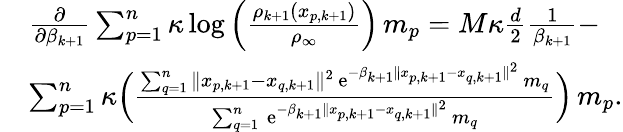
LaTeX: \begin{array}{rl}&{\frac{\partial}{\partial\beta_{k+1}}\sum_{p=1}^{n}\kappa\log\Big(\frac{\rho_{k+1}(x_{p,k+1})}{\rho_{\infty}}\Big)\, m_{p}=M\kappa\frac{d}{2}\frac{1}{\beta_{k+1}}-}\\ &{\sum_{p=1}^{n}\kappa\Big(\frac{\sum_{q=1}^{n}\| x_{p,k+1}-x_{q,k+1}\| ^{2}\, \mathrm{e}^{-\beta_{k+1}\| x_{p,k+1}-x_{q,k+1}\| ^{2}}\, m_{q}}{\sum_{q=1}^{n}\, \mathrm{e}^{-\beta_{k+1}\| x_{p,k+1}-x_{q,k+1}\| ^{2}}\, m_{q}}\Big)\, m_{p}.}\end{array}